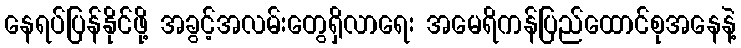
နေရပ်ပြန်နိုင်ဖို့ အခွင့်အလမ်းတွေရှိလာရေး အမေရိကန်ပြည်ထောင်စုအနေနဲ့